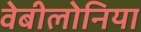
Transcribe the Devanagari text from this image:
वेबीलोनिया